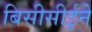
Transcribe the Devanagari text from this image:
बिसीसीईने